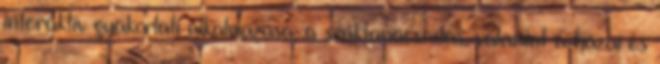
interaktív gyakorlati alkalmazása, a szaktanácsadás, valamint a hazai és